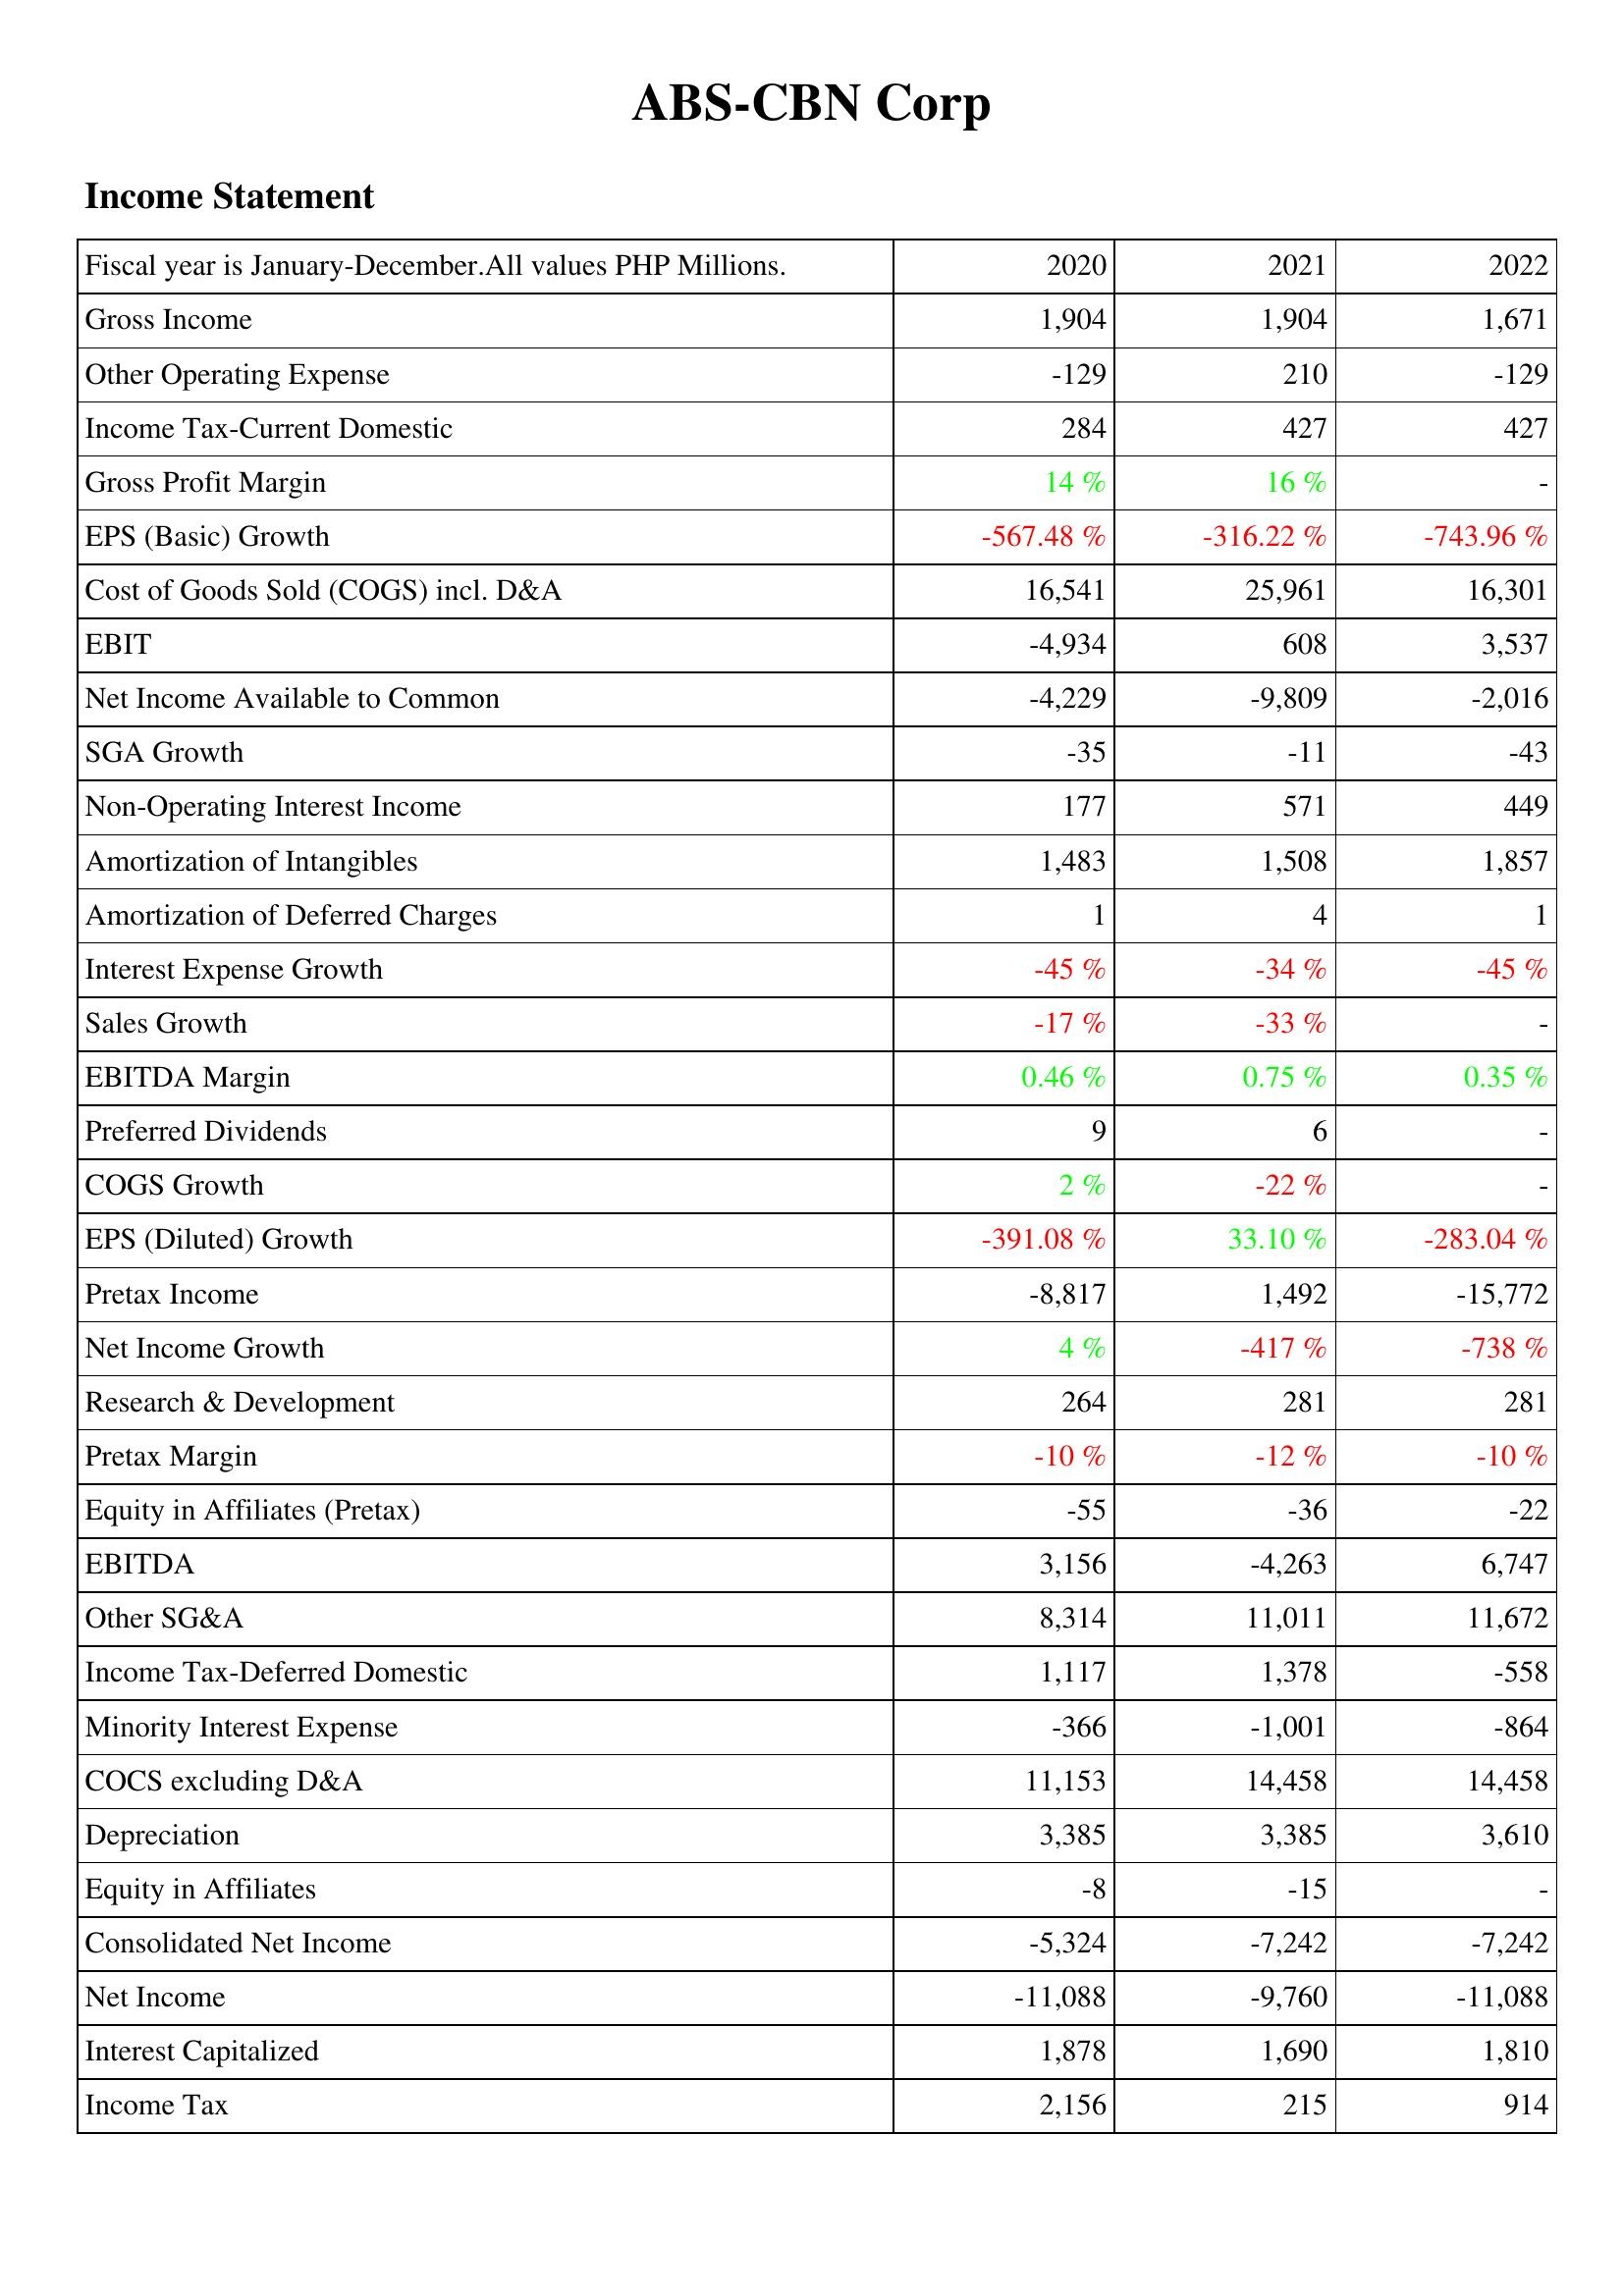
2020: Income Statement: Gross Income: 1,904
Other Operating Expense: -129
Income Tax-Current Domestic: 284
Gross Profit Margin: 14 %
EPS (Basic) Growth: -567.48 %
Cost of Goods Sold (COGS) incl. D&A: 16,541
EBIT: -4,934
Net Income Available to Common: -4,229
SGA Growth: -35
Non-Operating Interest Income: 177
Amortization of Intangibles: 1,483
Amortization of Deferred Charges: 1
Interest Expense Growth: -45 %
Sales Growth: -17 %
EBITDA Margin: 0.46 %
Preferred Dividends: 9
COGS Growth: 2 %
EPS (Diluted) Growth: -391.08 %
Pretax Income: -8,817
Net Income Growth: 4 %
Research & Development: 264
Pretax Margin: -10 %
Equity in Affiliates (Pretax): -55
EBITDA: 3,156
Other SG&A: 8,314
Income Tax-Deferred Domestic: 1,117
Minority Interest Expense: -366
COCS excluding D&A: 11,153
Depreciation: 3,385
Equity in Affiliates: -8
Consolidated Net Income: -5,324
Net Income: -11,088
Interest Capitalized: 1,878
Income Tax: 2,156
2021: Income Statement: Gross Income: 1,904
Other Operating Expense: 210
Income Tax-Current Domestic: 427
Gross Profit Margin: 16 %
EPS (Basic) Growth: -316.22 %
Cost of Goods Sold (COGS) incl. D&A: 25,961
EBIT: 608
Net Income Available to Common: -9,809
SGA Growth: -11
Non-Operating Interest Income: 571
Amortization of Intangibles: 1,508
Amortization of Deferred Charges: 4
Interest Expense Growth: -34 %
Sales Growth: -33 %
EBITDA Margin: 0.75 %
Preferred Dividends: 6
COGS Growth: -22 %
EPS (Diluted) Growth: 33.10 %
Pretax Income: 1,492
Net Income Growth: -417 %
Research & Development: 281
Pretax Margin: -12 %
Equity in Affiliates (Pretax): -36
EBITDA: -4,263
Other SG&A: 11,011
Income Tax-Deferred Domestic: 1,378
Minority Interest Expense: -1,001
COCS excluding D&A: 14,458
Depreciation: 3,385
Equity in Affiliates: -15
Consolidated Net Income: -7,242
Net Income: -9,760
Interest Capitalized: 1,690
Income Tax: 215
2022: Income Statement: Gross Income: 1,671
Other Operating Expense: -129
Income Tax-Current Domestic: 427
Gross Profit Margin: -
EPS (Basic) Growth: -743.96 %
Cost of Goods Sold (COGS) incl. D&A: 16,301
EBIT: 3,537
Net Income Available to Common: -2,016
SGA Growth: -43
Non-Operating Interest Income: 449
Amortization of Intangibles: 1,857
Amortization of Deferred Charges: 1
Interest Expense Growth: -45 %
Sales Growth: -
EBITDA Margin: 0.35 %
Preferred Dividends: -
COGS Growth: -
EPS (Diluted) Growth: -283.04 %
Pretax Income: -15,772
Net Income Growth: -738 %
Research & Development: 281
Pretax Margin: -10 %
Equity in Affiliates (Pretax): -22
EBITDA: 6,747
Other SG&A: 11,672
Income Tax-Deferred Domestic: -558
Minority Interest Expense: -864
COCS excluding D&A: 14,458
Depreciation: 3,610
Equity in Affiliates: -
Consolidated Net Income: -7,242
Net Income: -11,088
Interest Capitalized: 1,810
Income Tax: 914